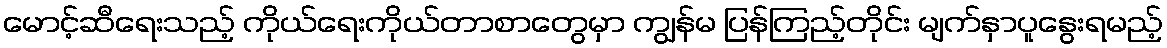
မောင့်ဆီရေးသည့် ကိုယ်ရေးကိုယ်တာစာတွေမှာ ကျွန်မ ပြန်ကြည့်တိုင်း မျက်နှာပူနွေးရမည့်